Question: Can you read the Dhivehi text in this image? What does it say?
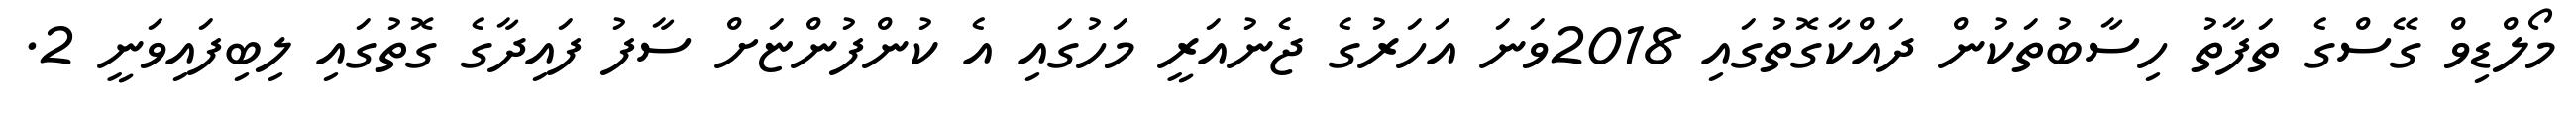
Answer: މޯލްޑިވް ގޭސްގެ ތަފާތު ހިސާބުތަކުން ދައްކާގޮތުގައި 2018ވަނަ އަހަރުގެ ޖެނުއަރީ މަހުގައި އެ ކުންފުންޏަށް ސާފު ފައިދާގެ ގޮތުގައި ލިބިފައިވަނީ 2.